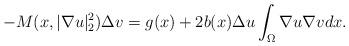
LaTeX: \begin{align*}-M(x,|\nabla u|_{2}^{2})\Delta v=g(x)+2b(x)\Delta u\int_{\Omega}\nabla u\nabla vdx.\end{align*}